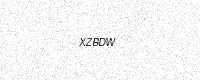
Text: XZBDW